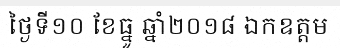
ថ្ងៃទី១០ ខែធ្នូ ឆ្នាំ២០១៨ ឯកឧត្តម